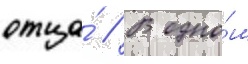
отца́ // В одно́м